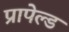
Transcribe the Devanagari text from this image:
प्रापेल्ड